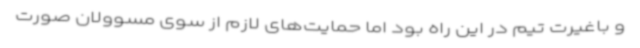
و باغیرت تیم در این راه بود اما حمایت‌های لازم از سوی مسوولان صورت